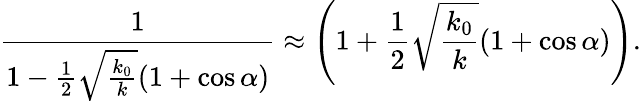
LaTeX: \frac{1}{1-\frac{1}{2}\sqrt{\frac{k_{0}}{k}}(1+\cos\alpha)}\approx\left(1+\frac{1}{2}\sqrt{\frac{k_{0}}{k}}(1+\cos\alpha)\right).